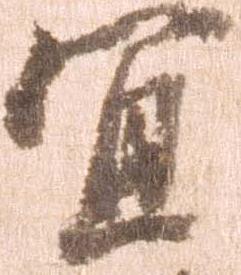
宜